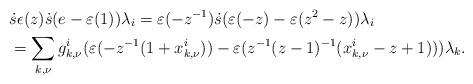
LaTeX: \begin{align*} &\ \dot{s}\epsilon(z)\dot{s}(e-\varepsilon(1))\lambda_i = \varepsilon(-z^{-1}) \dot{s} (\varepsilon(-z)- \varepsilon(z^2-z)) \lambda_i \\ &\ = \sum_{k,\nu} g^i_{k,\nu} (\varepsilon(-z^{-1}(1+x^i_{k,\nu}))-\varepsilon(z^{-1}(z-1)^{-1}(x^i_{k,\nu}-z+1)) )\lambda_k.\end{align*}